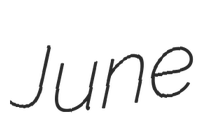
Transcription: June